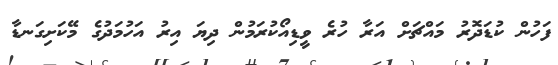
ފަހުން ކުޑަދޮރު މައްޗަށް އަރާ ހުރެ ވީޑިއޯކުރަމުން ދިޔަ އިރު އަހުމަދުގެ މޭކަށިގަނޑާ